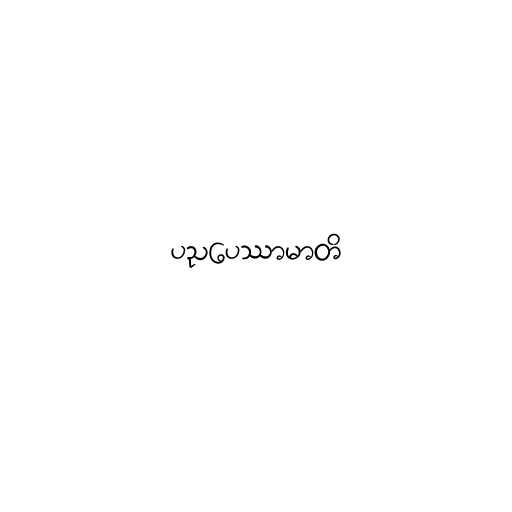
ပညပေဿာမာတိ